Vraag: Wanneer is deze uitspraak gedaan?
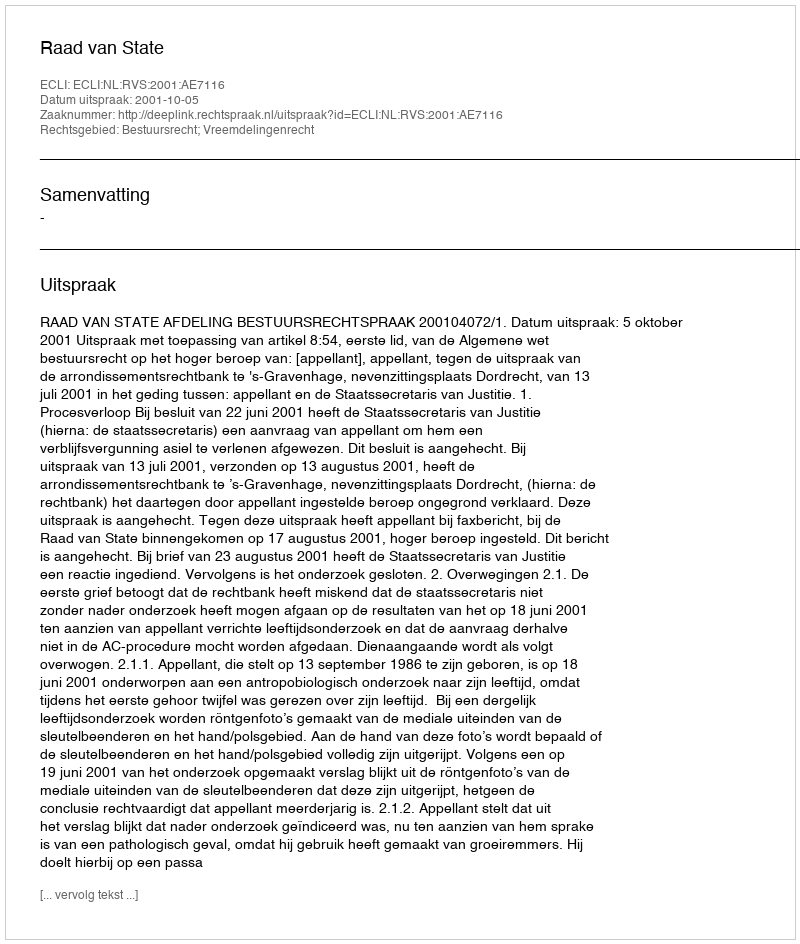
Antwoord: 2001-10-05